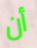
أن